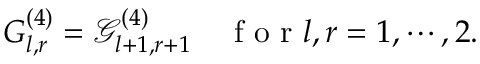
G _ { l , r } ^ { ( 4 ) } = \mathcal { G } _ { l + 1 , r + 1 } ^ { ( 4 ) } \quad \mathrm { ~ f ~ o ~ r ~ } l , r = 1 , \cdots , 2 .